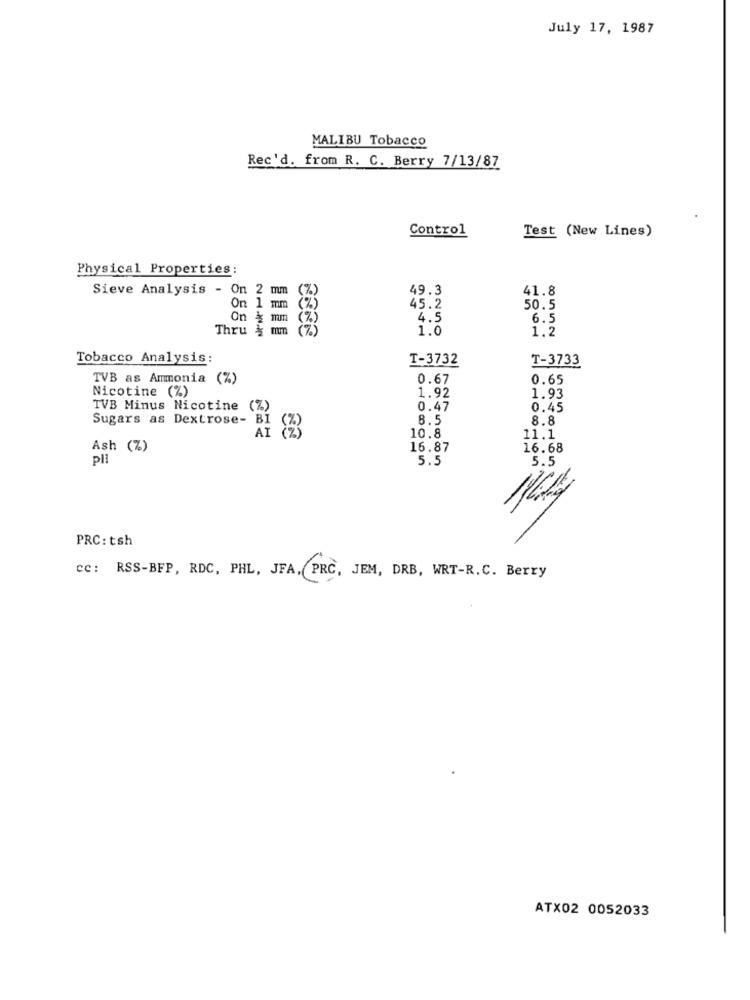
July 17, 1987
MALIBU Tobacco
Rec'd. from R. C. Berry 7/13/87
Control
Test (New Lines)
Physical Properties:
Sieve Analysis - On
2
mm
49.3
41.8
On 1 mm (23
45.2
50.5
mm
4.5
6.5
Thru & mm (%)
1.0
1.2
5889
Tobacco Analysis:
T-3732
T-3733
TVB as Ammonia (%)
0.67
0.65
Nicotine (%)
1.92
1.93
TVB Minus Nicotine (%)
0.47
0.45
Sugars as Dextrose- BI
8.5
8.8
AI
10.8
11.1
Ash (Z)
16.87
16.68
pli
5.5
5.5
PRC: tsh
cc: RSS-BFP, RDC, PHL, JFA, PRC, JEM, DRB, WRT-R.C. Berry
ATX02 0052033